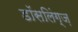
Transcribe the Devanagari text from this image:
डॉसलिंग्ज़